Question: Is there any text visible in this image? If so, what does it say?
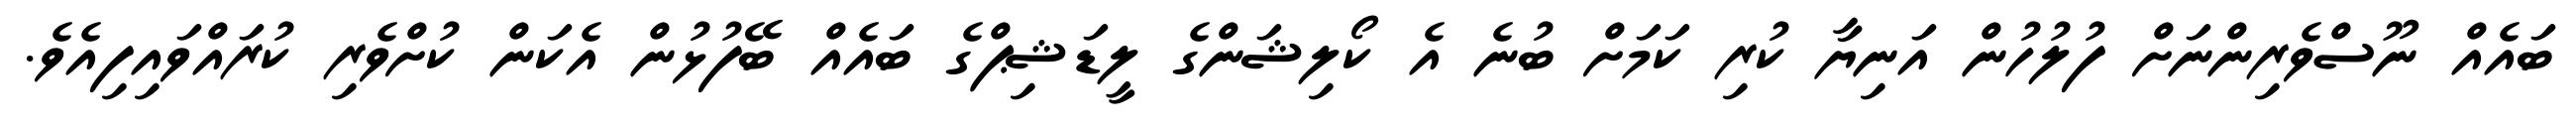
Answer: ބައެއް ނޫސްވެރިންނަށް ފުލުހުން އަނިޔާ ކުރި ކަމަށް ބުނެ އެ ކޯލިޝަންގެ ލީޑަޝިޕްގެ ބައެއް ބޭފުޅުން އެކަން ކުށްވެރި ކުރައްވައިފިއެވެ.